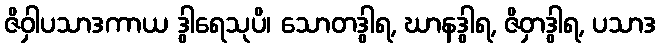
ဇိဝှါပသာဒကာယ ဒွါရေသုပိ၊ သောတဒွါရ, ဃာနဒွါရ, ဇိဝှာဒွါရ, ပသာဒ